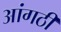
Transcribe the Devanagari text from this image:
आंगठी